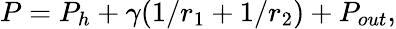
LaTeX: P=P_{h}+\gamma(1/r_{1}+1/r_{2})+P_{out},